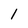
Character: l